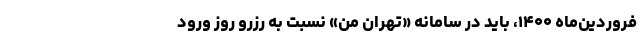
فروردین‌ماه ۱۴۰۰، باید در سامانه «تهران من» نسبت به رزرو روز ورود